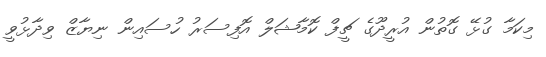
މިކަމާ ގުޅޭ ގޮތުން އުރީދޫގެ ޗީފް ކޮމާޝަލް އޮފިސަރު ހުސައިން ނިޔާޒް ވިދާޅުވީ